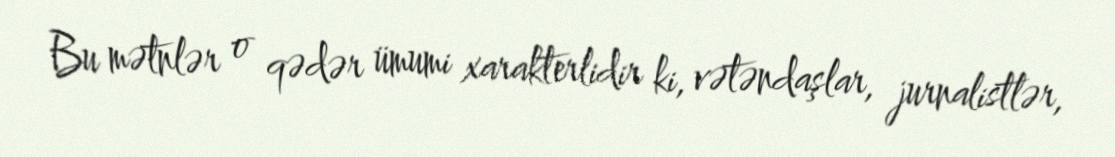
Bu mətnlər o qədər ümumi xarakterlidir ki, vətəndaşlar, jurnalistlər,